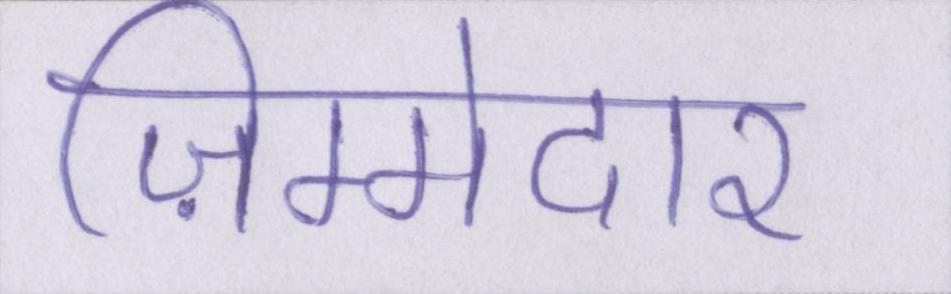
ज़िम्मेदार